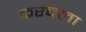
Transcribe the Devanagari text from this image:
करचला